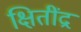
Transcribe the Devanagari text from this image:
क्षितींद्र